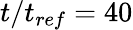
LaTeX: t/t_{ref}=40